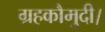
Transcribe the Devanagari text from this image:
ग्रहकौमुदी।